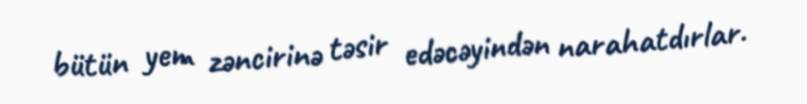
bütün yem zəncirinə təsir edəcəyindən narahatdırlar.